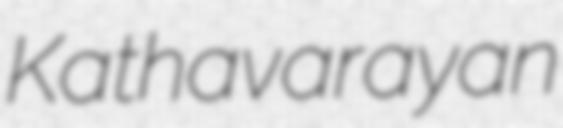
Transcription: Kathavarayan